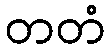
တတံ